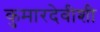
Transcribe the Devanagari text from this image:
कुमारदेवीशी